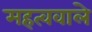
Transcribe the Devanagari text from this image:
महत्ववाले